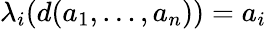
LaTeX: \lambda_{i}(d(a_{1},\ldots,a_{n}))=a_{i}